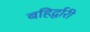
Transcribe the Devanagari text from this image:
बहिर्द्वारी